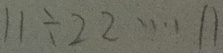
1 1 \div 2 2 \cdots 1 1